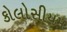
કોલોસીયમ